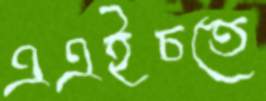
এএইচতে